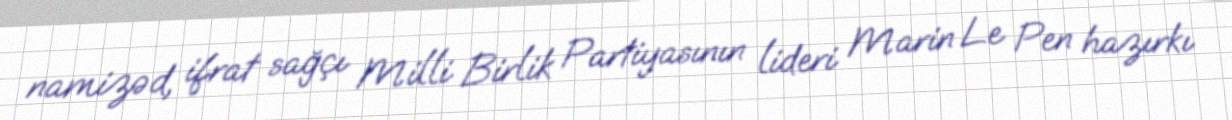
namizəd, ifrat sağçı Milli Birlik Partiyasının lideri Marin Le Pen hazırkı